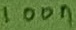
Text: 100n